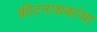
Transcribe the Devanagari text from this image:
कीटनाशकांचा